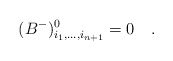
\begin{align*}(B^-)^{0}_{i_1,...,i_{n+1}}=0~~~.\end{align*}